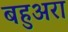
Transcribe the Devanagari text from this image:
बहुअरा